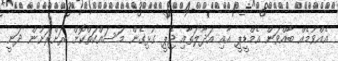
އެއްވުމެއް ބާއްވަން އެމްޑީޕީ އާއި އަދާލަތާއި ޖޭޕީ ގުޅިގެން މަސައްކަތްކޮށް ރަށްރަށުން ދަނީ